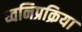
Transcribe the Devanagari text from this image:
ध्वनिप्रक्रिया